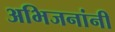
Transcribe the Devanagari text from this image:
अभिजनांनी